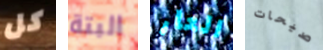
كل البتة العار صيحات